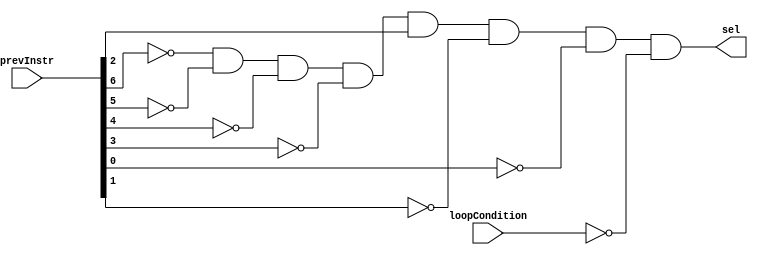
module loopInstruction (
	input [15:0] prevInstr,
	input loopCondition,
	
	output sel
);

/* If the previous instruction was a LCG-type and requires looping, 
and the loop exit condition has not been met, then we know that
we need to take the instruction from IR.
*/

wire LCG = ( ~prevInstr[6] & ~prevInstr[5] & ~prevInstr[4] & ~prevInstr[3] & 
				prevInstr[2] & ~prevInstr[1] & ~prevInstr[0] );		//0000100

assign sel = LCG & ~loopCondition;

endmodule